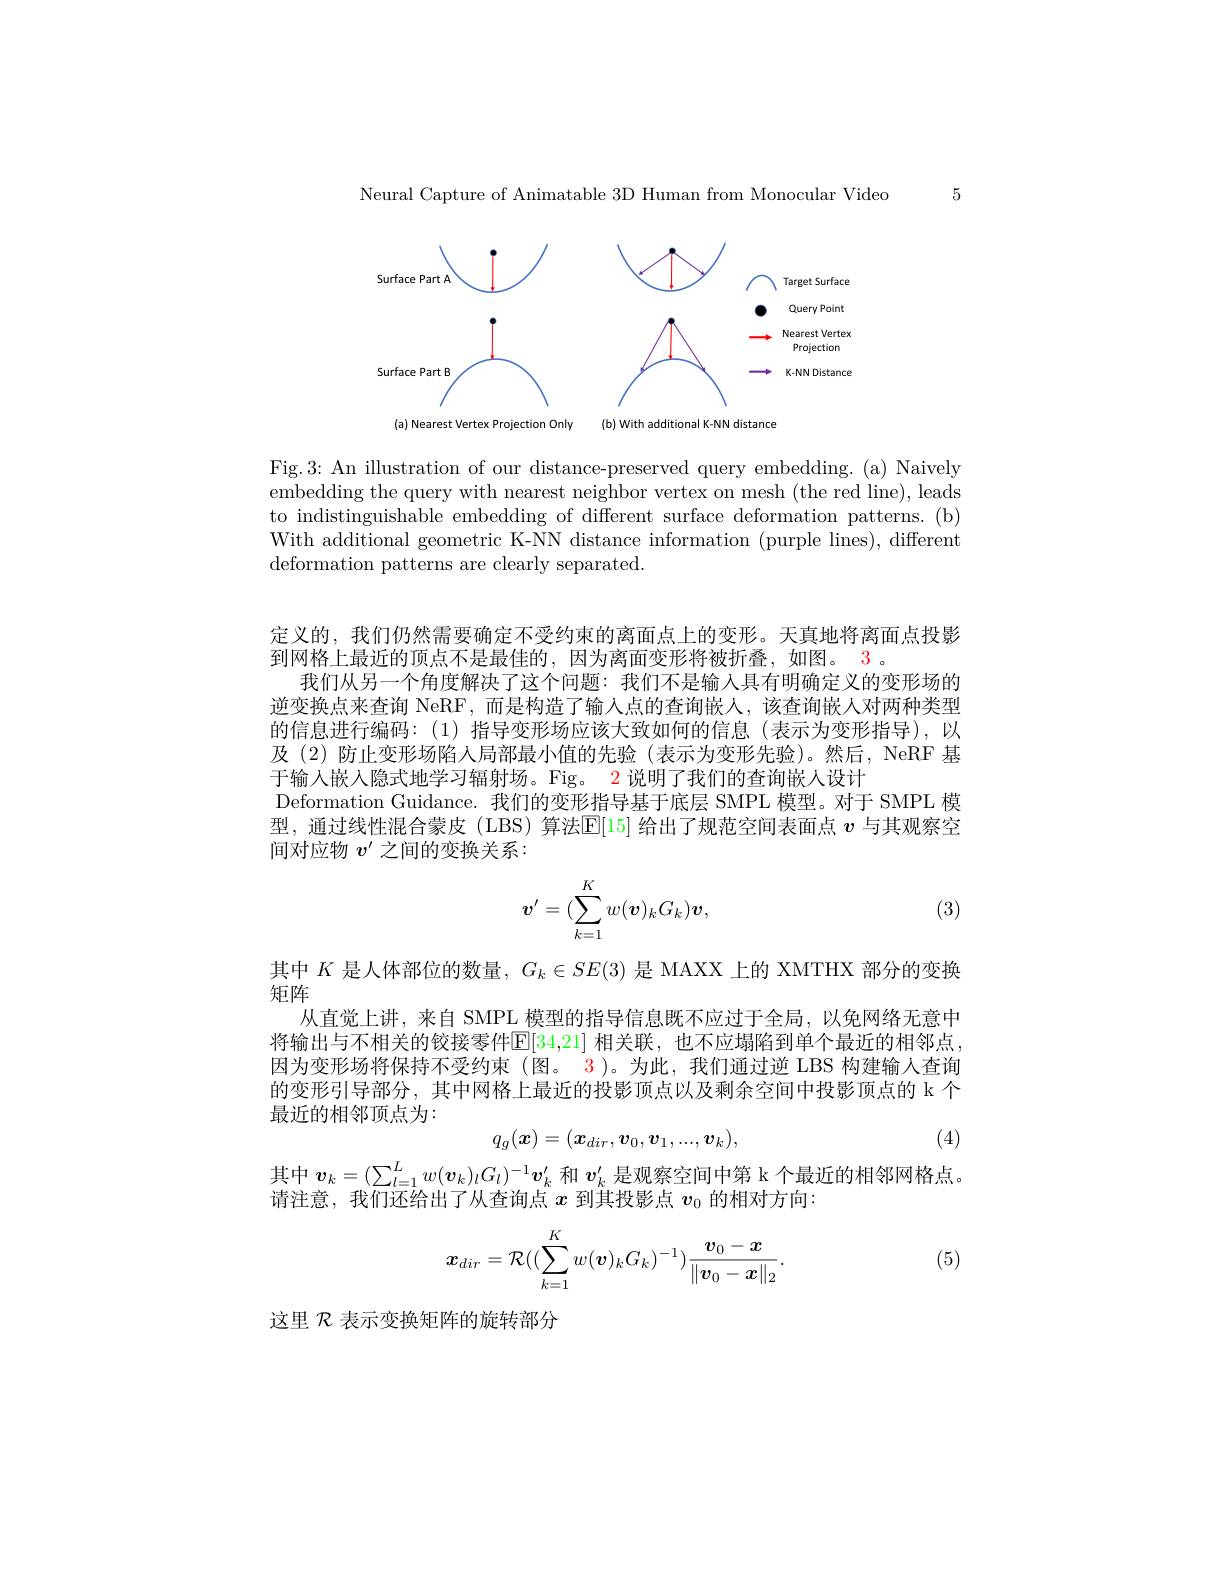
5

Neural Capture of Animatable 3D Human from Monocular Video

<FigureHere>
(a) Nearest Vertex Projection Only (b) With additional K-NN distance

Fig.3: An illustration of our distance-preserved query embedding. (a) Naively embedding the query with nearest neighbor vertex on mesh (the red line), leads to indistinguishable embedding of different surface deformation patterns. (b) With additional geometric K-NN distance information (purple lines), different deformation patterns are clearly separated.

定义的，我们仍然需要确定不受约束的离面点上的变形。天真地将离面点投影
到网格上最近的顶点不是最佳的，因为离面变形将被折叠，如图。3。
我们从另一个角度解决了这个问题：我们不是输入具有明确定义的变形场的逆变换点来查询 NeRF,而是构造了输入点的查询嵌人，该查询嵌人对两种类型的信息进行编码：(1)指导变形场应该大致如何的信息(表示为变形指导),以及(2)防止变形场陷入局部最小值的先验(表示为变形先验)。然后，NeRF 基于输入嵌入隐式地学习辐射场。Fig。2 说明了我们的查询嵌人设计
Deformation Guidance. 我们的变形指导基于底层 SMPL 模型。对于 SMPL 模型，通过线性混合蒙皮(LBS)算法E[15]给出了规范空间表面点$v$与其观察空间对应物$v^{\prime}$之间的变换关系：
$$\boldsymbol{v'}=(\sum\limits_{k=1}^Kw(\boldsymbol{v})_kG_k)\boldsymbol{v},$$
(3)

其中$K$是人体部位的数量，$G_k\in SE(3)$是 MAXX 上的 XMTHX 部分的变换
矩阵
从直觉上讲，来自 SMPL 模型的指导信息既不应过于全局，以免网络无意中将输出与不相关的铰接零件$\mathbb{E}[34,21]$ 相关联，也不应塌陷到单个最近的相邻点因为变形场将保持不受约束(图。3)。为此，我们通过逆 LBS 构建输入查询的变形引导部分，其中网格上最近的投影顶点以及剩余空间中投影顶点的 k 个最近的相邻顶点为：
$$q_g(\boldsymbol{x})=(\boldsymbol{x}_{dir},\boldsymbol{v}_0,\boldsymbol{v}_1,...,\boldsymbol{v}_k),$$
(4)

其中$\boldsymbol v_k=(\sum_{l=1}^Lw(\boldsymbol{v}_k)_lG_l)^{-1}\boldsymbol{v}_k^{\prime}$和$\boldsymbol v_k^{\prime}$是观察空间中第 k 个最近的相邻网格点。
请注意，我们还给出了从查询点$x$到其投影点$v_0$的相对方向

(5)
$$\boldsymbol{x}_{dir}=\mathcal{R}((\sum\limits_{k=1}^Kw(\boldsymbol{v})_kG_k)^{-1})\frac{\boldsymbol{v}_0-\boldsymbol{x}}{\|\boldsymbol{v}_0-\boldsymbol{x}\|_2}.$$
这里$\mathcal{R}$表示变换矩阵的旋转部分